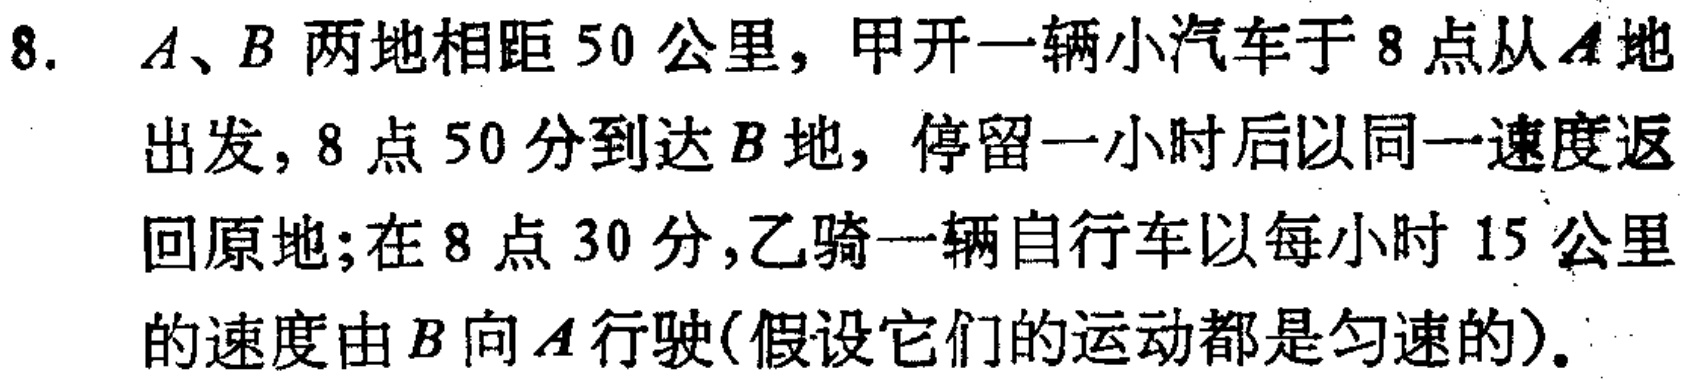
8. \(A、B\)两地相距 \(50\)公里，甲开一辆小汽车于 \(8\)点从\(A\)地出发，\(8\)点 \(50\)分到达\(B\)地，停留一小时后以同一速度返回原地；在 \(8\)点 \(30\)分，乙骑一辆自行车以每小时 \(15\)公里的速度由\(B\)向\(A\)行驶(假设它们的运动都是匀速的)。